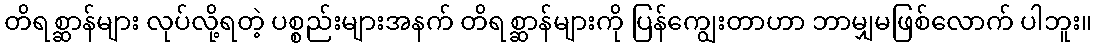
တိရစ္ဆာန်များ လုပ်လို့ရတဲ့ ပစ္စည်းများအနက် တိရစ္ဆာန်များကို ပြန်ကျွေးတာဟာ ဘာမျှမဖြစ်လောက် ပါဘူး။